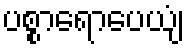
ပစ္စာရောပေယျံ